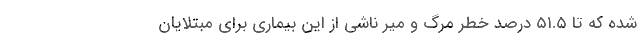
شده که تا ۵۱.۵ درصد خطر مرگ و میر ناشی از این بیماری برای مبتلایان